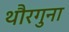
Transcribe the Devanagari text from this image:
थौरगुना